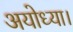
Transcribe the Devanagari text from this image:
अयोध्या।